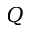
Q